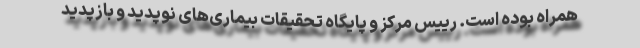
همراه بوده است. رییس مرکز و پایگاه تحقیقات بیماری‌های نوپدید و بازپدید